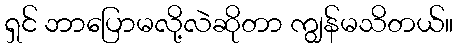
ရှင် ဘာပြောမလို့လဲဆိုတာ ကျွန်မသိတယ်။